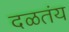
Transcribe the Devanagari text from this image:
दळतंय